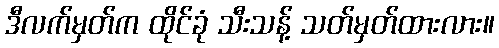
ဒီလက်မှတ်က ထိုင်ခုံ သီးသန့် သတ်မှတ်ထားလား။